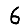
Digit: 6